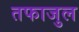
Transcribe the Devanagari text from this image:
तफाजुल